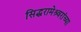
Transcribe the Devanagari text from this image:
सिद्धरामेश्र्वरांच्या